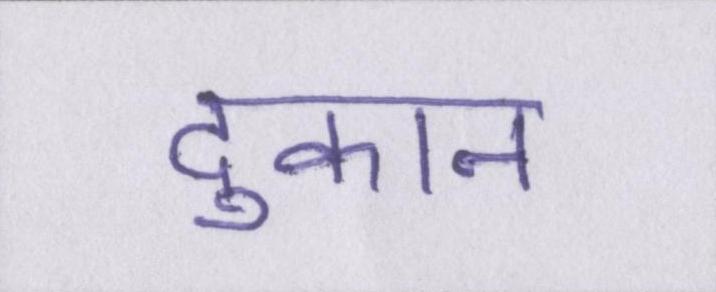
दुकान